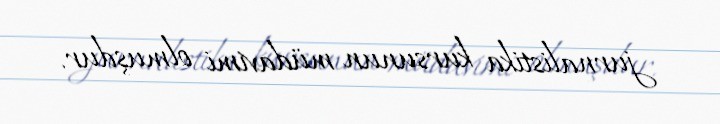
jurnalistika kursunun müdavimi olmuşdur.